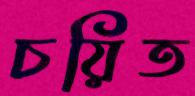
চয়িত